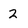
Character: 2